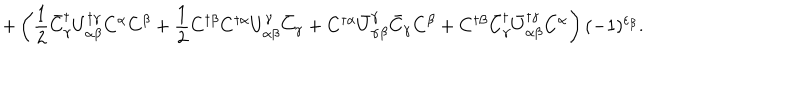
LaTeX: + \left( \frac { 1 } { 2 } \bar { C } _ { \gamma } ^ { \dagger } U _ { \alpha \beta } ^ { \dagger \gamma } C ^ { \alpha } C ^ { \beta } + \frac { 1 } { 2 } C ^ { \dagger \beta } C ^ { \dagger \alpha } U _ { \alpha \beta } ^ { \gamma } \bar { C } _ { \gamma } + C ^ { \dagger \alpha } \bar { U } _ { \alpha \beta } ^ { \gamma } \bar { C } _ { \gamma } C ^ { \beta } + C ^ { \dagger \beta } \bar { C } _ { \gamma } ^ { \dagger } \bar { U } _ { \alpha \beta } ^ { \dagger \gamma } C ^ { \alpha } \right) ( - 1 ) ^ { \varepsilon _ { \beta } } .